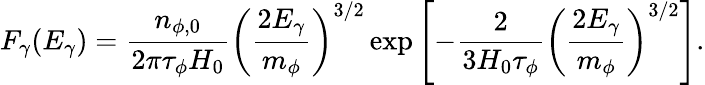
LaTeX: F_{\gamma}(E_{\gamma})=\frac{n_{\phi,0}}{2\pi\tau_{\phi}H_{0}}\left(\frac{2E_{\gamma}}{m_{\phi}}\right)^{3/2}\exp\left[-\frac{2}{3H_{0}\tau_{\phi}}\left(\frac{2E_{\gamma}}{m_{\phi}}\right)^{3/2}\right].